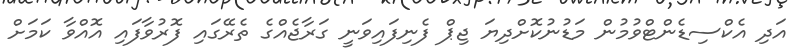
އަދި އެކްސިޑެންޓްވުމުން މަޑުނުކޮށްދިޔަ ޖިޕް ފެނިފައިވަނީ ގަރާޖެއްގެ ތެރޭގައި ފޮރުވާފައި އޮއްވާ ކަމަށް